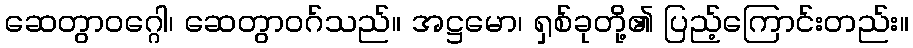
ဆေတွာဝဂ္ဂေါ၊ ဆေတွာဝဂ်သည်။ အဋ္ဌမော၊ ရှစ်ခုတို့၏ ပြည့်ကြောင်းတည်း။